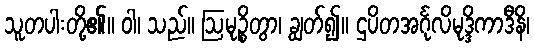
သူတပါးတို့၏။ ဝါ၊ သည်။ ဩမုဉ္စိတွာ၊ ချွတ်၍။ ဌပိတအင်္ဂုလိမုဒ္ဒိကာဒီနိ၊